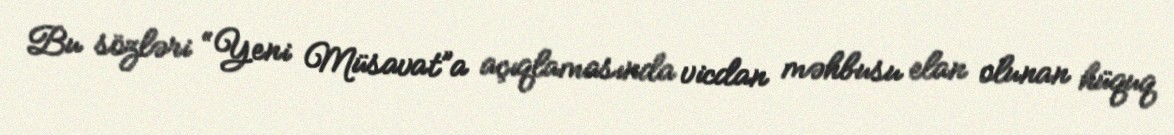
Bu sözləri “Yeni Müsavat”a açıqlamasında vicdan məhbusu elan olunan hüquq